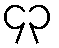
၄၃